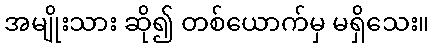
အမျိုးသား ဆို၍ တစ်ယောက်မှ မရှိသေး။